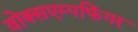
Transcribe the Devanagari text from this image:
वोक्सएम्पफिंगर